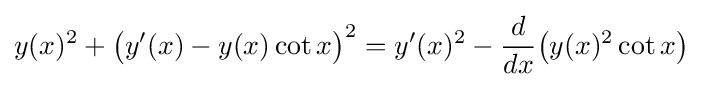
y(x)^{2}+{\big (}y'(x)-y(x)\cot x{\big )}^{2}=y'(x)^{2}-{\frac {d}{dx}}{\big (}y(x)^{2}\cot x{\big )}